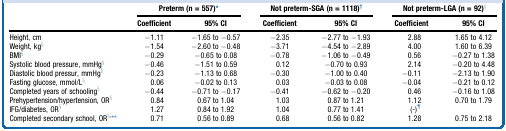
|  | <COLSPAN=2> Preterm (n = 557)∗ | <COLSPAN=2> Not preterm-SGA (n = 1118)† | <COLSPAN=2> Not preterm-LGA (n = 92)‡ |
 | Coefficient | 95% CI | Coefficient | 95% CI | Coefficient | 95% CI |
 | --- | --- | --- | --- | --- | --- | --- |
 | Height, cm | −1.11 | −1.65 to −0.57 | −2.35 | −2.77 to −1.93 | 2.88 | 1.65 to 4.12 |
 | Weight, kg§ | −1.54 | −2.60 to −0.48 | −3.71 | −4.54 to −2.89 | 4.00 | 1.60 to 6.39 |
 | BMI§ | −0.29 | −0.65 to 0.08 | −0.78 | −1.06 to −0.49 | 0.56 | −0.27 to 1.38 |
 | Systolic blood pressure, mmHg§ | −0.46 | −1.51 to 0.59 | 0.12 | −0.70 to 0.93 | 2.14 | −0.20 to 4.48 |
 | Diastolic blood pressur, mmHg§ | −0.23 | −1.13 to 0.68 | −0.30 | −1.00 to 0.40 | −0.11 | −2.13 to 1.90 |
 | Fasting glucose, mmol/L§ | 0.06 | −0.02 to 0.13 | 0.03 | −0.03 to 0.08 | −0.04 | −0.21 to 0.12 |
 | Completed years of schooling§ | −0.44 | −0.71 to −0.17 | −0.41 | −0.62 to −0.20 | 0.46 | −0.16 to 1.08 |
 | Prehypertension/hypertension, OR§ | 0.84 | 0.67 to 1.04 | 1.03 | 0.87 to 1.21 | 1.12 | 0.70 to 1.79 |
 | IFG/diabetes, OR§ | 1.27 | 0.84 to 1.92 | 1.04 | 0.77 to 1.41 | (-)¶ |  |
 | Completed secondary school, OR§,∗∗ | 0.71 | 0.56 to 0.89 | 0.68 | 0.56 to 0.82 | 1.28 | 0.75 to 2.18 |